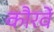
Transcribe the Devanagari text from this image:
कौरवें